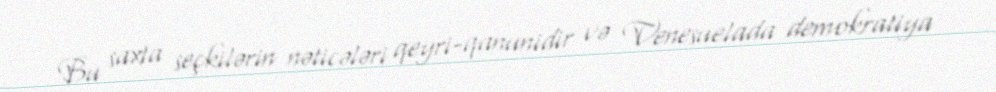
Bu saxta seçkilərin nəticələri qeyri-qanunidir və Venesuelada demokratiya